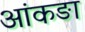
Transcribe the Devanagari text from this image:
आंकङा